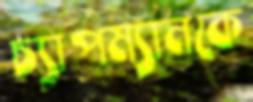
চ্যাপম্যানকে